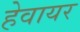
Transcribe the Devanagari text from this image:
हेवायर